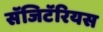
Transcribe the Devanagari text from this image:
सॅजिटॅरियस